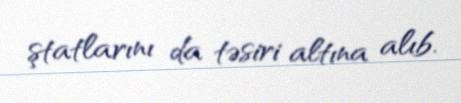
ştatlarını da təsiri altına alıb.